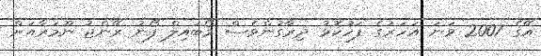
އޭގެ 2007 ވަނަ އަހަރުގެ ފަހުކޮޅު ދިރާގުންވެސް މޯބައިލް ފޯނު ރޭންޖު ނޫމަރާއަށް